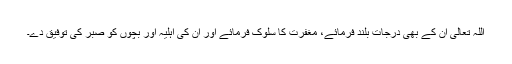
اللہ تعالیٰ ان کے بھی درجات بلند فرمائے، مغفرت کا سلوک فرمائے اور ان کی اہلیہ اور بچوں کو صبر کی توفیق دے۔